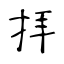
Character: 拝